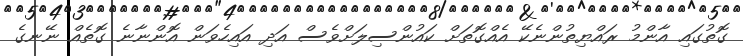
ގޮތުގައި އާންމު ރައްޔިތުންނެކޭ އެއްގޮތަށް ކައުންސިލަށްވެސް އަދި އައިހެވަން އޮންނާނެ ގޮތެއް ނޭނގެ